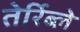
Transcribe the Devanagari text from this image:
तेर्रिब्ले